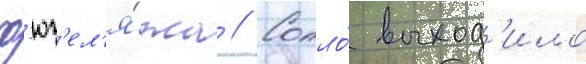
ф'юз'ел'я́жа // Сопло́ выход'ило